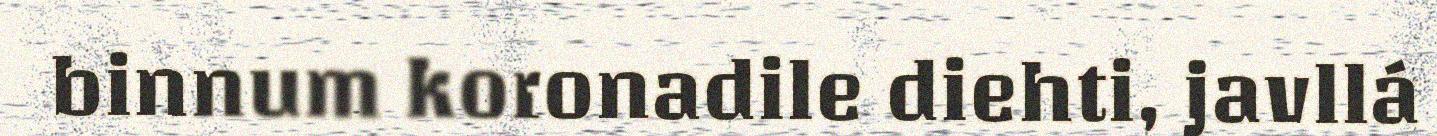
binnum koronadile diehti, javllá